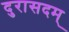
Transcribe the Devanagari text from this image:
दुरासदम्